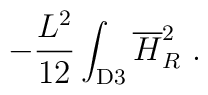
-{L^2\over 12}\int_{\rm D3} {\overline H}_R^2~.